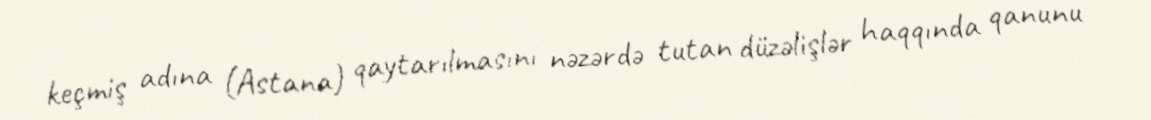
keçmiş adına (Astana) qaytarılmasını nəzərdə tutan düzəlişlər haqqında qanunu